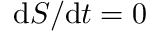
\mathrm { d } S / \mathrm { d } t = 0